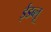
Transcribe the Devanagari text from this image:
ईडब्लू